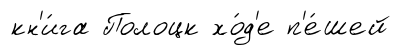
кн'и́га Полоцк хо́д'е п'е́шей